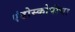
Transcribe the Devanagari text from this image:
एंडोस्कोपीचा